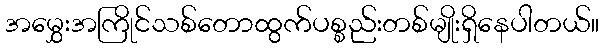
အမွှေးအကြိုင်သစ်တောထွက်ပစ္စည်းတစ်မျိုးရှိနေပါတယ်။